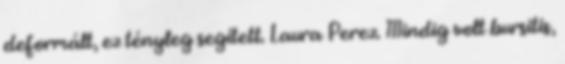
deformált, ez tényleg segített. Laura Perez. Mindig volt bursitis,